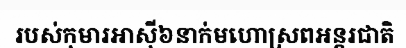
របស់កុមារអាស៊ី៦នាក់មហោស្រពអន្តរជាតិ